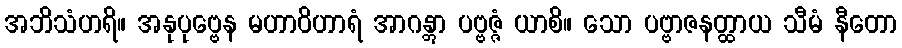
အဘိသံဟရိ။ အနုပုဗ္ဗေန မဟာဝိဟာရံ အာဂန္တွာ ပဗ္ဗဇ္ဇံ ယာစိ။ သော ပဗ္ဗာဇနတ္ထာယ သီမံ နီတော